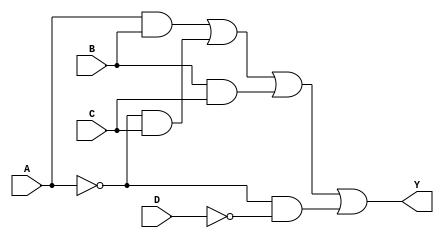
module sop_simplification (
    input wire A,  // First input
    input wire B,  // Second input
    input wire C,  // Third input
    input wire D,  // Fourth input
    output wire Y  // Output
);

    // Intermediate signals for product terms
    wire ABn, AnB, BC, AnC, AnDn;
    
    // Each product term
    assign ABn = A & B;         // A AND B
    assign AnB = ~A & C;       // NOT A AND C
    assign BC = B & C;         // B AND C
    assign AnDn = ~A & ~D;     // NOT A AND NOT D

    // Final output Y as a Sum of the products of the minterms
    assign Y = ABn | AnB | BC | AnDn; 

endmodule